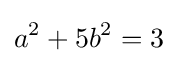
a^{2}+5b^{2}=3